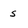
Character: s